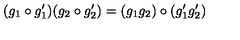
( g _ { 1 } \circ g _ { 1 } ^ { \prime } ) ( g _ { 2 } \circ g _ { 2 } ^ { \prime } ) = ( g _ { 1 } g _ { 2 } ) \circ ( g _ { 1 } ^ { \prime } g _ { 2 } ^ { \prime } )